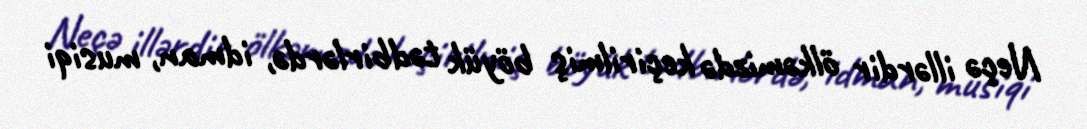
Neçə illərdir ölkəmizdə keçirilmiş böyük tədbirlərdə, idman, musiqi